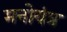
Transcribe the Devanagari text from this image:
मनोयंत्र